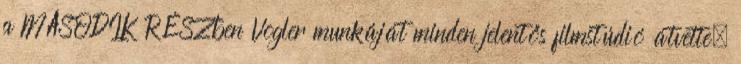
a MÁSODIK RÉSZben Vogler munkáját minden jelentős filmstúdió átvette.